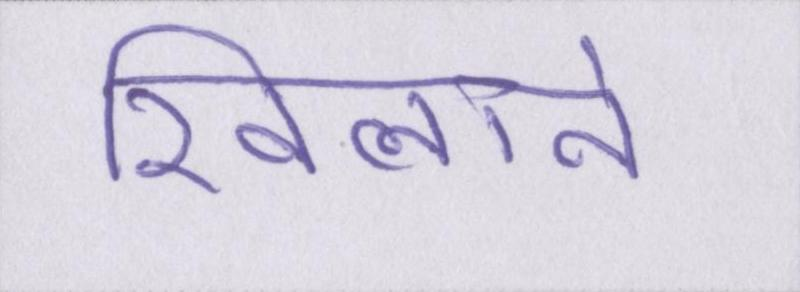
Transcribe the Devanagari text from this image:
खिलाने